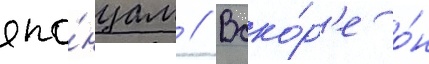
япо́нцам // Вско́р'е о́н